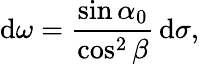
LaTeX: \mathrm{d}\omega={\frac{{\sin\alpha_{0}}}{{\cos^{2}\beta}}}\, \mathrm{d}\sigma,